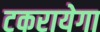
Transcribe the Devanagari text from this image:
टकरायेगा